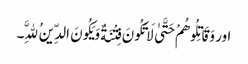
اور وَقَاتِلُوهُمْ حَتَّیٰ لَا تَکُونَ فِتْنَةٌ وَیَکُونَ الدِّینُ لِلَّهِ۔